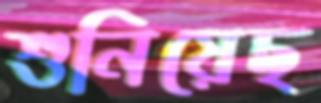
শুনিয়েছ